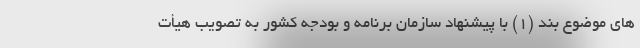
های موضوع بند (۱) با پیشنهاد سازمان برنامه و بودجه کشور به تصویب هیأت